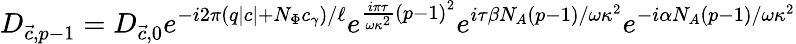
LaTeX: D_{{\vec{c}},p-1}=D_{{\vec{c}},0}e^{-i2\pi\left(q\mid c\mid+N_{\Phi}c_{\gamma}\right)/\ell}e^{\frac{i\pi\tau}{\omega\kappa^{2}}\left(p-1\right)^{2}}e^{i\tau\beta N_{A}\left(p-1\right)/{\omega\kappa^{2}}}e^{-i\alpha N_{A}\left(p-1\right)/{\omega\kappa^{2}}}